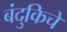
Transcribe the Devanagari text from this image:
बंदुकिचे